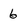
Character: 6